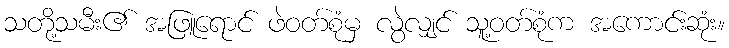
သတို့သမီး၏ အဖြူရောင် ဖဲဝတ်စုံမှ လွဲလျှင် သူ့ဝတ်စုံက အကောင်းဆုံး။